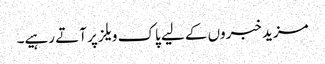
مزید خبروں کے لیے پاک ویلز پر آتے رہیے۔